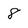
Character: 8